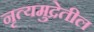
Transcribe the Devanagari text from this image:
नृत्यमुद्रेतील